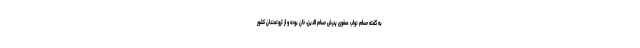
به گفته حسام نواب صفوی پدرش حسام الدین، خان بوده و از ثروتمندان کشور